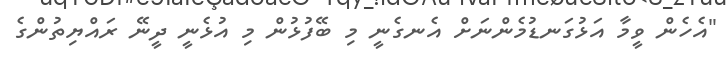
"އެހެން ވީމާ އަޅުގަނޑުމެންނަށް އެނގެނީ މި ބޭފުޅުން މި އުޅެނީ ދީނޭ ރައްޔިތުންގެ